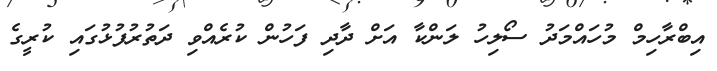
އިބްރާހިމް މުހައްމަދު ސޯލިހު ލަންކާ އަށް ދާދި ފަހުން ކުރެއްވި ދަތުރުފުޅުގައި ކުރީގެ